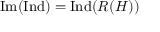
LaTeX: { \mathrm { I m } } ( { \mathrm { I n d } } ) = { \mathrm { I n d } } ( R ( H ) )